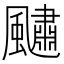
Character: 𩘹